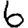
Digit: 6